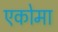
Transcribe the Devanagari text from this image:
एकोमा